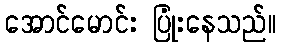
အောင်မောင်း ပြုံးနေသည်။